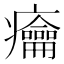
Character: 𱱰